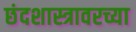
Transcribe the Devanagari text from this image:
छंदशास्त्रावरच्या